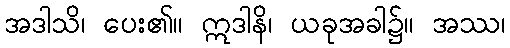
အဒါသိ၊ ပေး၏။ ဣဒါနိ၊ ယခုအခါ၌။ အဿ၊